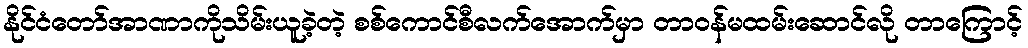
နိုင်ငံတော်အာဏာကိုသိမ်းယူခဲ့တဲ့ စစ်ကောင်စီလက်အောက်မှာ တာဝန်မထမ်းဆောင်လို တာကြောင့်